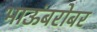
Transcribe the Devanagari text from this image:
भाऊंबरोबर